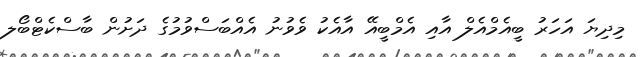
މިދިޔަ އަހަރު ބީއެމްއެލް އާއި އެމްބީއޭ އާއެކު ވެވުނު އެއްބަސްވުމުގެ ދަށުން ބާސްކެޓްބޯލ